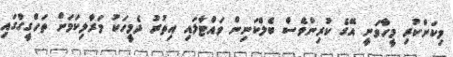
މިކަންކުރި މީހާވަނީ އޭގެ ކުރިންވެސް ބެލްކަނިން ވައްޓާލައި އިތުރު ދެމީހަކު މަރާލިކަމަށް ތަހްގީގްގައި